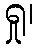
ရှု၊